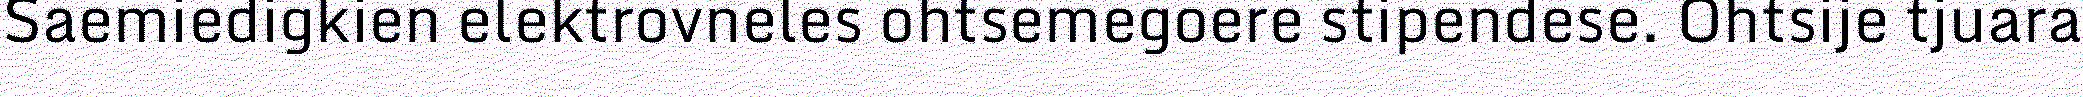
Saemiedigkien elektrovneles ohtsemegoere stipendese. Ohtsije tjuara